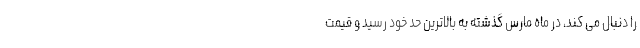
را دنبال می کند، در ماه مارس گذشته به بالاترین حد خود رسید و قیمت